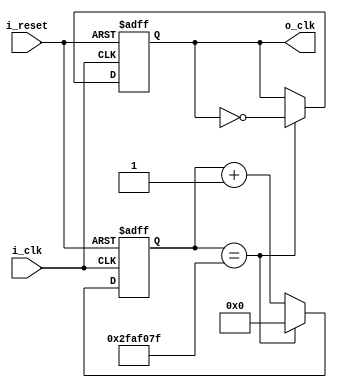
`timescale 1ns / 1ps

module clock_divider_10Hz(
    input i_clk,
    input i_reset,
    output o_clk
    );

    reg r_clk = 0;
    reg[31:0] r_counter = 0;
    assign o_clk = r_clk;

    always @(posedge i_clk or posedge i_reset) begin
        if(i_reset) begin
            r_clk <= 0;
            r_counter <= 0;
        end
        else begin
            // 100_000_000(100MHz) / x = 10(10Hz  ) , x = 10_000_000 / 2 = 50_000_000
            if(r_counter == 50_000_000 - 1) begin  
                r_counter <= 0;
                r_clk <= ~r_clk;
            end
            else begin
                r_counter <= r_counter + 1;
            end
        end
    end
endmodule